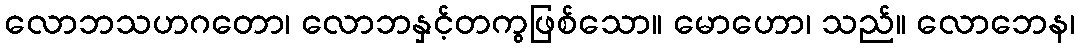
လောဘသဟဂတော၊ လောဘနှင့်တကွဖြစ်သော။ မောဟော၊ သည်။ လောဘေန၊